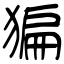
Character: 猵